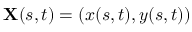
\mathbf { X } ( s , t ) = ( x ( s , t ) , y ( s , t ) )